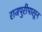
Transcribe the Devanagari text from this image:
राजपुरीपासून